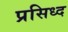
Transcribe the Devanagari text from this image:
प्रसिध्‍द